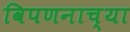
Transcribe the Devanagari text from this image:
विपणनाच्या